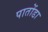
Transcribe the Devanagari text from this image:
पातोंडा